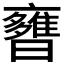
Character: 𣋿